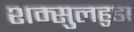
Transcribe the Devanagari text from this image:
शम्सुलहुडा